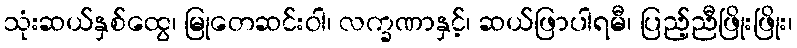
သုံးဆယ်နှစ်ထွေ၊ မြုတေဆင်းဝါ၊ လက္ခဏာနှင့်၊ ဆယ်ဖြာပါရမီ၊ ပြည့်ညီဖြိုးဖြိုး၊